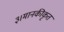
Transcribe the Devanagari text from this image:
३।मानकीकृत